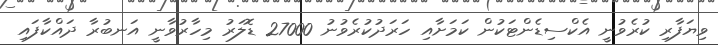
ވިޔަފާރި ކުރެވުނީ އެކްސިޑެންޓަކުން ކަމަށާއި ހަރަދުކުރެވުނު 27000 ޑޮލަރު މިހާރުވާނީ އަނބުރާ ދައްކާފައި